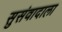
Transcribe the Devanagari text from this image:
सुसंवादाला